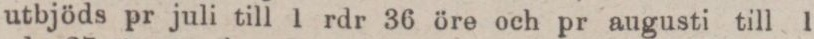
utbjöds pr juli till 1 rdr 36 öre och pr augusti till 1